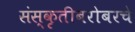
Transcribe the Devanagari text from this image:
संस्कृतीबरोबरचे